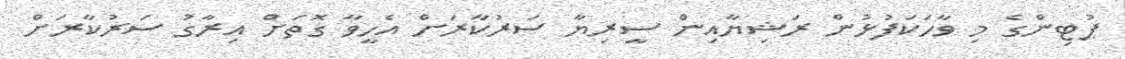
ޕުޓިންގެ މި ވާހަކަފުޅުން ރަޝިޔާއިން ސީރިޔާ ސަރުކާރަށް އެހީވާ ގޮތަށް އިރާގު ސަރުކާރަށް